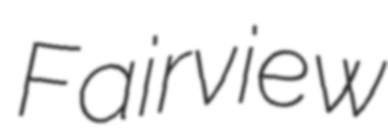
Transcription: Fairview